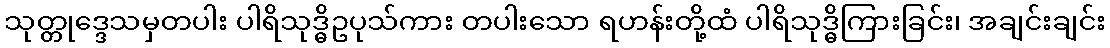
သုတ္တုဒ္ဒေသမှတပါး ပါရိသုဒ္ဓိဥပုသ်ကား တပါးသော ရဟန်းတို့ထံ ပါရိသုဒ္ဓိကြားခြင်း၊ အချင်းချင်း